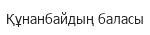
Құнанбайдың баласы